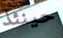
حينئذ